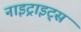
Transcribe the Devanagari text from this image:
नाइट्राइट्स